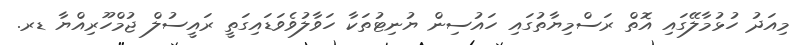
މިއަދު ހުޅުމާލޭގައި އޮތް ރަސްމިޔާތުގައި ހައުސިން ޔުނިޓުތަކާ ހަވާލުވެވަޑައިގަތީ ރައީސުލް ޖުމްހޫރިއްޔާ ޑރ.